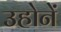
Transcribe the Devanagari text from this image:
उहोनें